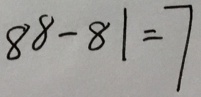
8 8 - 8 1 = 7